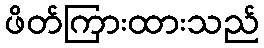
ဖိတ်ကြားထားသည်